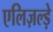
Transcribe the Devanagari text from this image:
एलिज़ल्ड़े